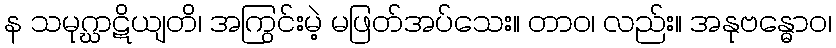
န သမုဂ္ဃာဋိယျတိ၊ အကြွင်းမဲ့ မဖြတ်အပ်သေး။ တာဝ၊ လည်း။ အနုဗန္ဓောဝ၊